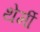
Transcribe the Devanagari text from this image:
थेर्मी